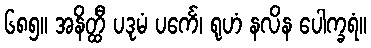
၆၈၅။ အနိတ္ထီ ပဒုမံ ပင်္ကေ၊ ရုဟံ နလိန ပေါက္ခရံ။